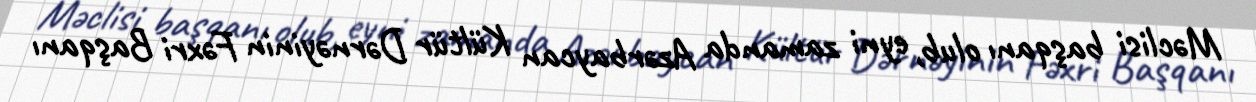
Məclisi başqanı olub, eyni zamanda Azərbaycan Kültür Dərnəyinin Fəxri Başqanı